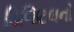
ડિજિટલનો